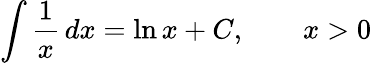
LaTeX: \int{\frac{1}{x}}\, dx=\ln x+C,\qquad x>0